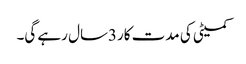
کمیٹی کی مدت کار3سال رہے گی۔